Insane asylums Bombay 1873-77 - 1873-1877
Year: 1873
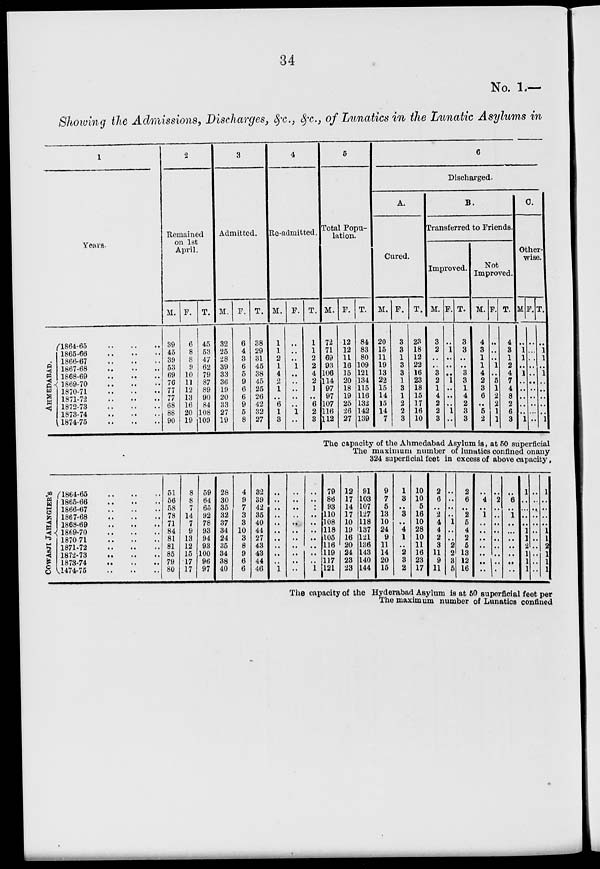
34
No. 1.—
Showing the Admissions, Discharges, &c., &c., of Lunatics in the Lunatic Asylums in
1
Years.
AHMEDABAD.
1864-65 .. .. ..
1865-66 .. .. ..
1866-67 .. .. ..
1867-68 .. .. ..
1868-69 .. .. ..
1869-70 .. .. ..
1870-71 .. .. ..
1871-72 .. .. ..
1872-73 .. .. ..
1873-74 .. .. ..
1874-75 .. .. ..
2
Remained
on 1st
April.
M.
39
45
39
53
69
76
77
77
68
88
90
F.
6
8
8
9
10
11
12
13
16
20
19
T.
45
53
47
62
79
87
89
90
84
108
109
3
Admitted.
M.
32
25
28
39
33
36
19
20
33
27
19
F.
6
4
3
6
5
9
6
6
9
5
8
T.
38
29
31
45
38
45
25
26
42
32
27
4
Re-admitted.
M.
1
1
2
1
4
2
1
..
6
1
3
F.
..
..
..
1
..
..
..
..
..
1
..
T.
1
1
2
2
4
2
1
..
6
2
3
5
Total Popu-
lation.
M.
72
71
69
93
106
114
97
97
107
116
112
F.
12
12
11
16
15
20
18
19
25
26
27
T.
84
83
80
109
121
134
115
116
132
142
139
6
Discharged.
A.
Cured.
M.
20
15
11
19
13
22
15
14
15
14
7
F.
3
3
1
3
3
1
8
1
2
2
3
T.
23
18
12
22
16
23
18
15
17
16
10
B.
Transferred to Friends.
Improved.
M.
3
2
..
..
3
2
1
4
2
2
3
F.
..
1
..
..
..
1
..
..
..
1
..
T.
3
3
..
..
3
3
1
4
2
3
3
Not
Improved.
M.
4
3
1
1
4
2
3
6
..
5
2
F.
..
..
..
1
..
5
1
2
2
1
1
T.
4
3
1
2
4
7
4
8
2
6
3
C.
Other-
wise.
M.
..
1
1
..
1
..
..
..
..
..
1
F.
..
..
..
..
..
..
..
..
..
..
..
T.
..
1
1
..
1
..
..
..
..
..
1
The capacity of the Ahmedabad Asylum is, at 50 superficial
The maximum number of lunatics confined on any
324 superficial feet in excess of above capacity,
COWASJI JAHANGIER'S
1864-65 .. .. ..
1865-66
..
..
..
1866-67 .. .. ..
1867-68
..
..
..
1868-69 .. .. ..
1869-70
..
..
..
1870-71
..
..
..
1871-72
..
..
..
1872-73 .. .. ..
1873-74 .. .. ..
1474-75 .. .. ..
51
56
58
78
71
84
81
81
85
79
80
8
8
7
14
7
9
13
12
15
17
17
59
64
65
92
78
93
94
93
100
96
97
28
30
35
32
37
34
24
35
34
38
40
4
9
7
3
3
10
3
8
9
6
6
32
39
42
35
40
44
27
43
43
44
40
..
..
..
..
..
..
..
..
..
..
1
..
..
..
..
..
..
..
..
..
..
..
..
..
..
..
..
..
..
..
..
..
1
79
86
93
110
108
118
105
116
119
117
121
12
17
14
17
10
19
16
20
24
23
23
91
103
107
127
118
137
121
136
143
140
144
9
7
5
13
10
24
9
11
14
20
15
1
3
..
3
..
4
1
..
2
3
2
10
10
5
16
10
28
10
11
16
23
17
2
6
..
2
4
4
2
3
11 9
11
..
..
..
..
1
..
..
2
2
3
5
2
6
..
2
5
4
2
5
13
12
16
..
4
..
1
..
..
..
..
..
..
..
..
2
..
..
..
..
..
..
..
..
..
..
6
..
1
..
..
..
..
..
..
..
1
..
..
..
..
1
1
2
1
1
1
..
..
..
..
..
..
..
..
..
..
..
1
..
..
..
..
1
1
2
1
1
1
The capacity of the Hyderabad Asylum is at 50 superficial feet per
The maximum number of Lunatics confined